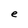
Character: e